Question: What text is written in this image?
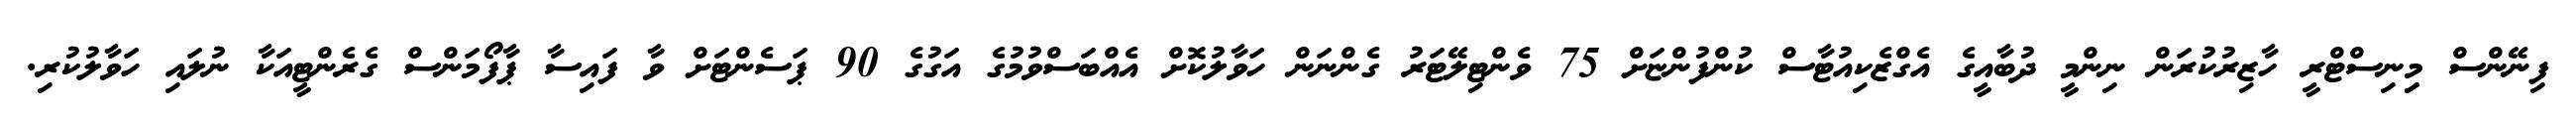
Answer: ފިނޭންސް މިިނިސްޓްރީ ހާޒިރުކުރަން ނިންމީ ދުބާއީގެ އެގްޒެކިއުޓާސް ކުންފުންޏަށް 75 ވެންޓިލޭޓަރު ގެންނަން ހަވާލުކޮށް އެއްބަސްވުމުގެ އަގުގެ 90 ޕަސެންޓަށް ވާ ފައިސާ ޕާފޯމަންސް ގެރެންޓީއަކާ ނުލައި ހަވާލުކުރި.